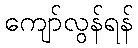
ကျော်လွန်ရန်